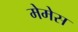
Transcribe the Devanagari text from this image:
मेमेस